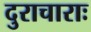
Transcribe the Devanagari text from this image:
दुराचाराः